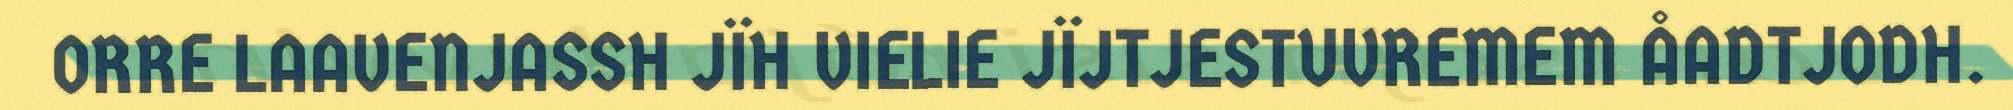
ORRE LAAVENJASSH JÏH VIELIE JÏJTJESTUVREMEM ÅADTJODH.